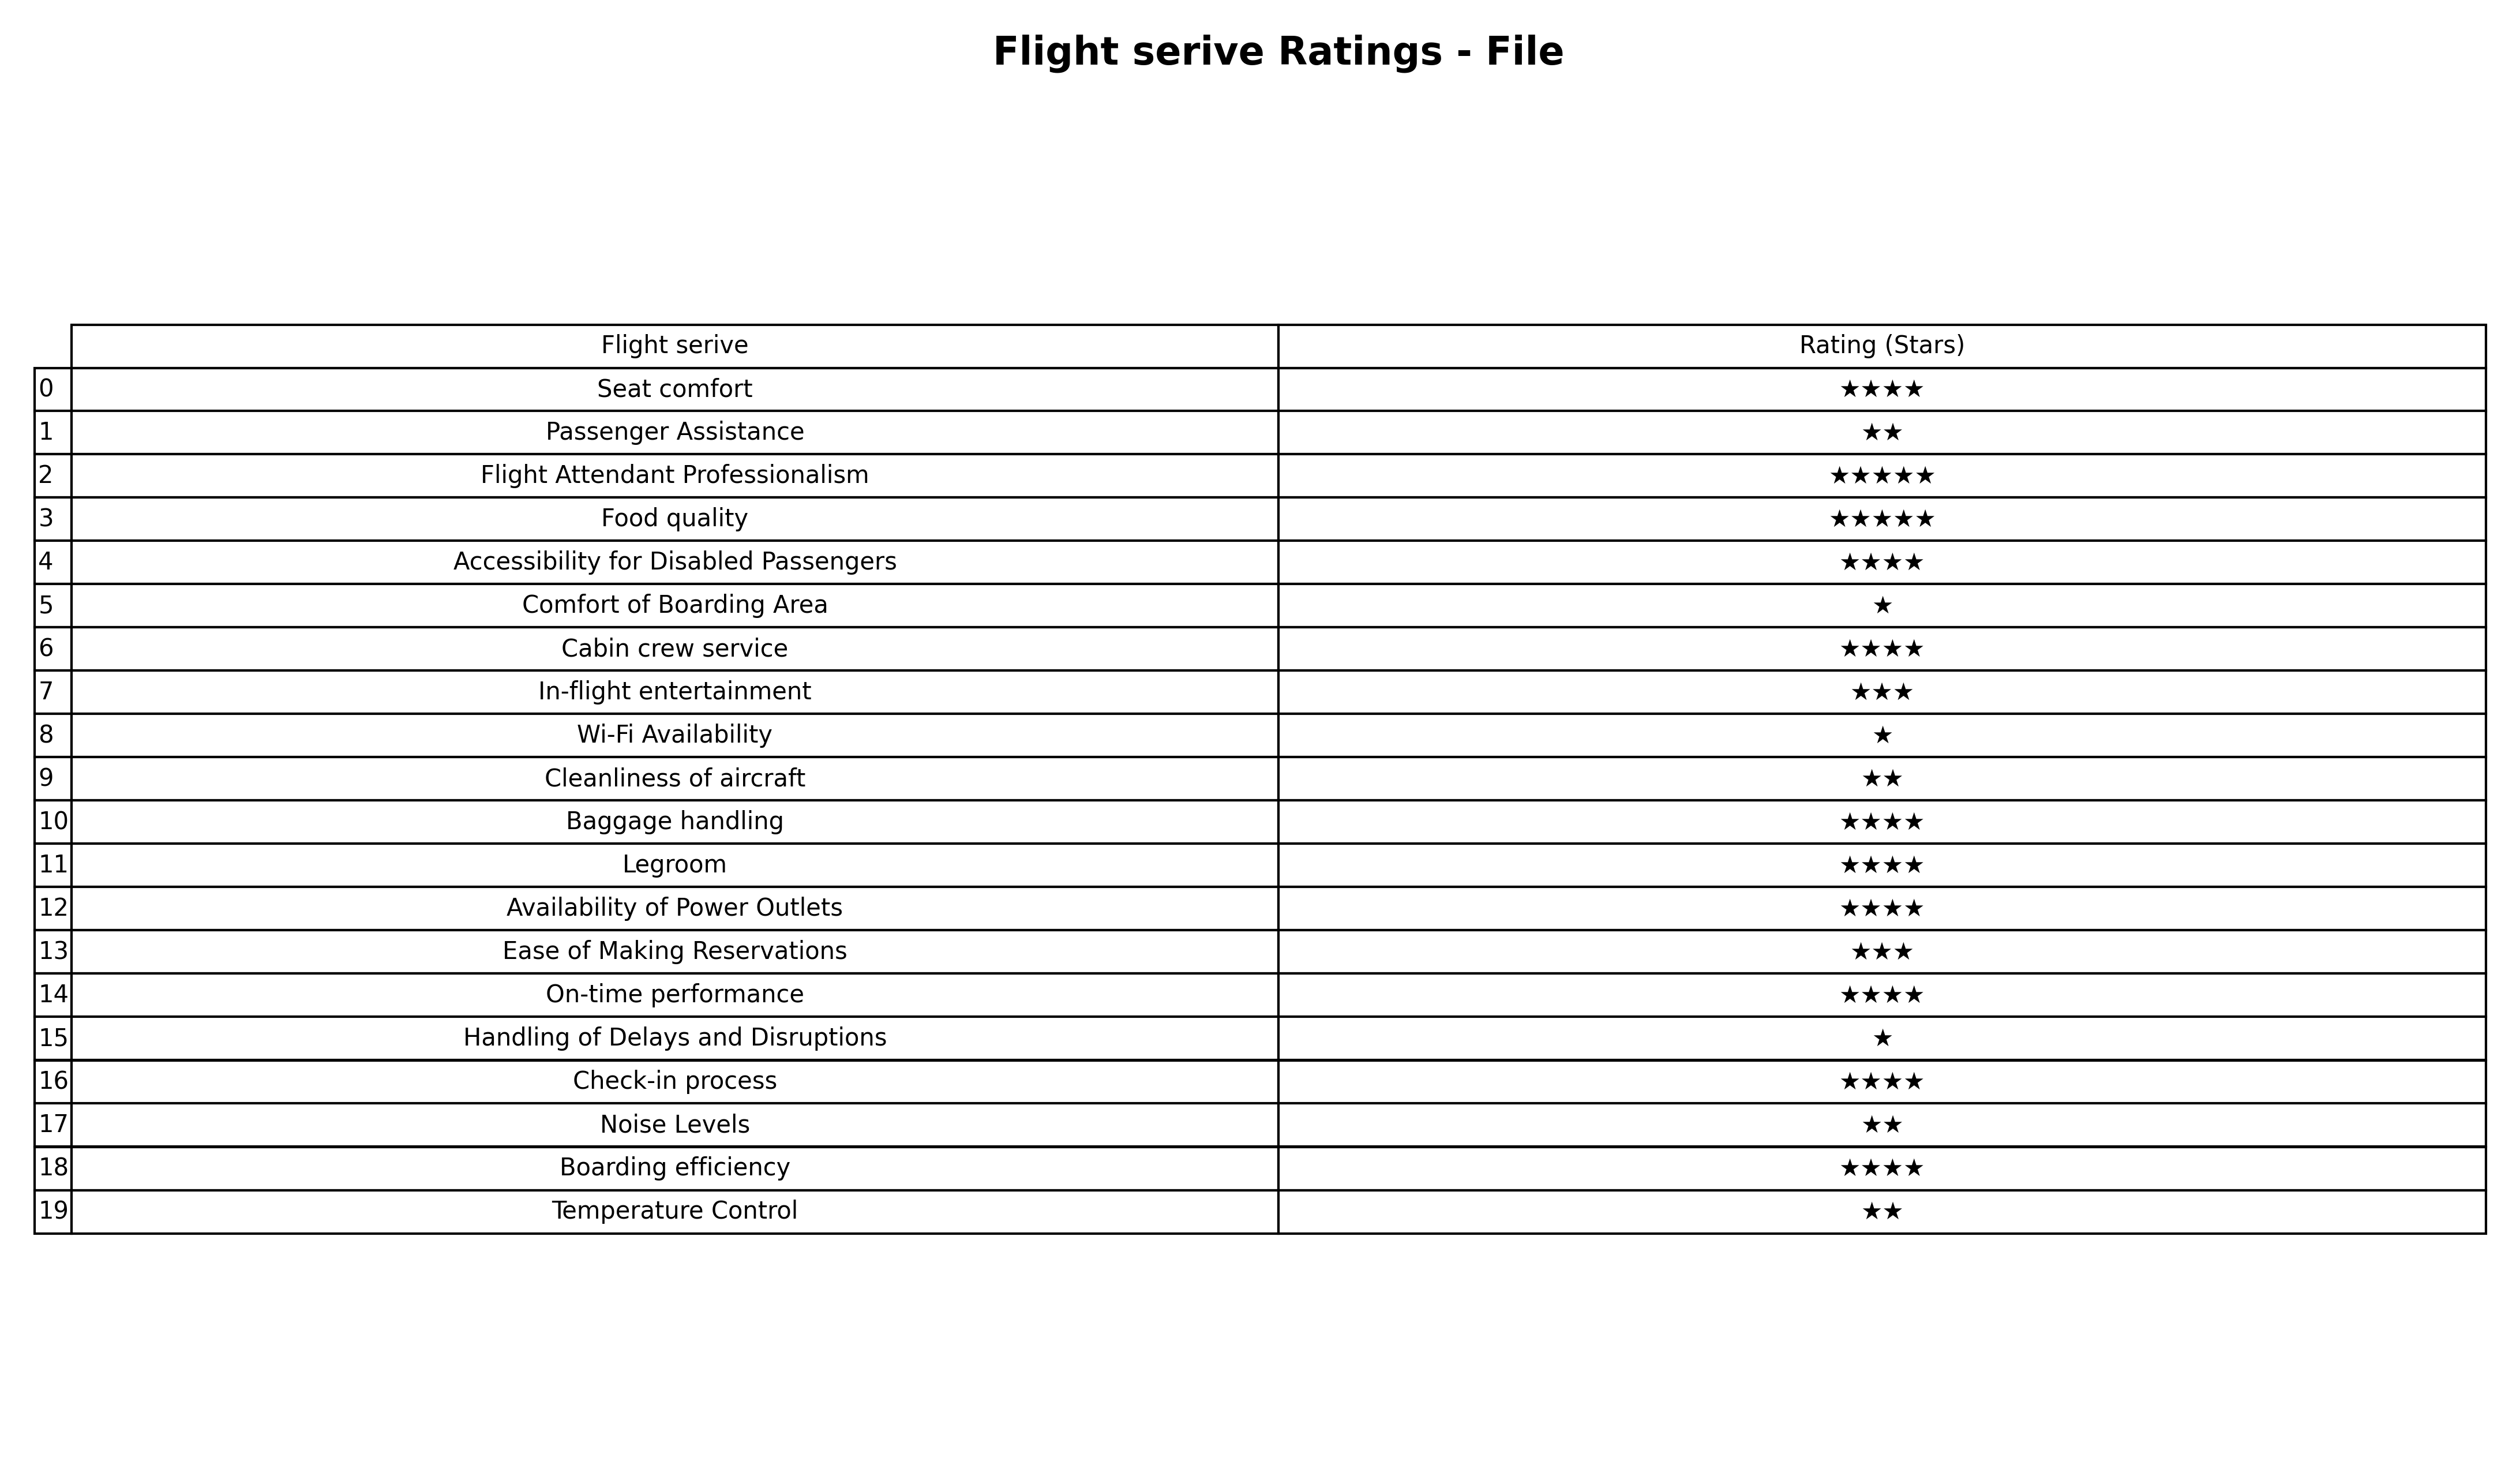
question: What are five star services?
answer: Flight Attendant ProfessionalismFood quality